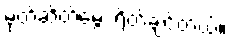
မုတ်ဆိတ်မွေး ရိတ်ချင်တယ်။